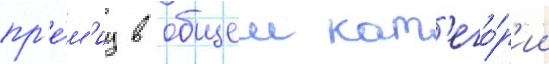
пр'е́м'иу в общеи кат'его́р'ии